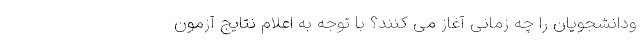
ودانشجویان را چه زمانی آغاز می کنند؟ با توجه به اعلام نتایج آزمون